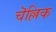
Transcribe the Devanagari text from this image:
चॆल्लिक